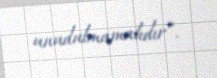
unudulmamalıdır”.